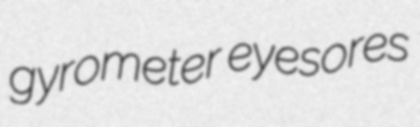
gyrometer eyesores